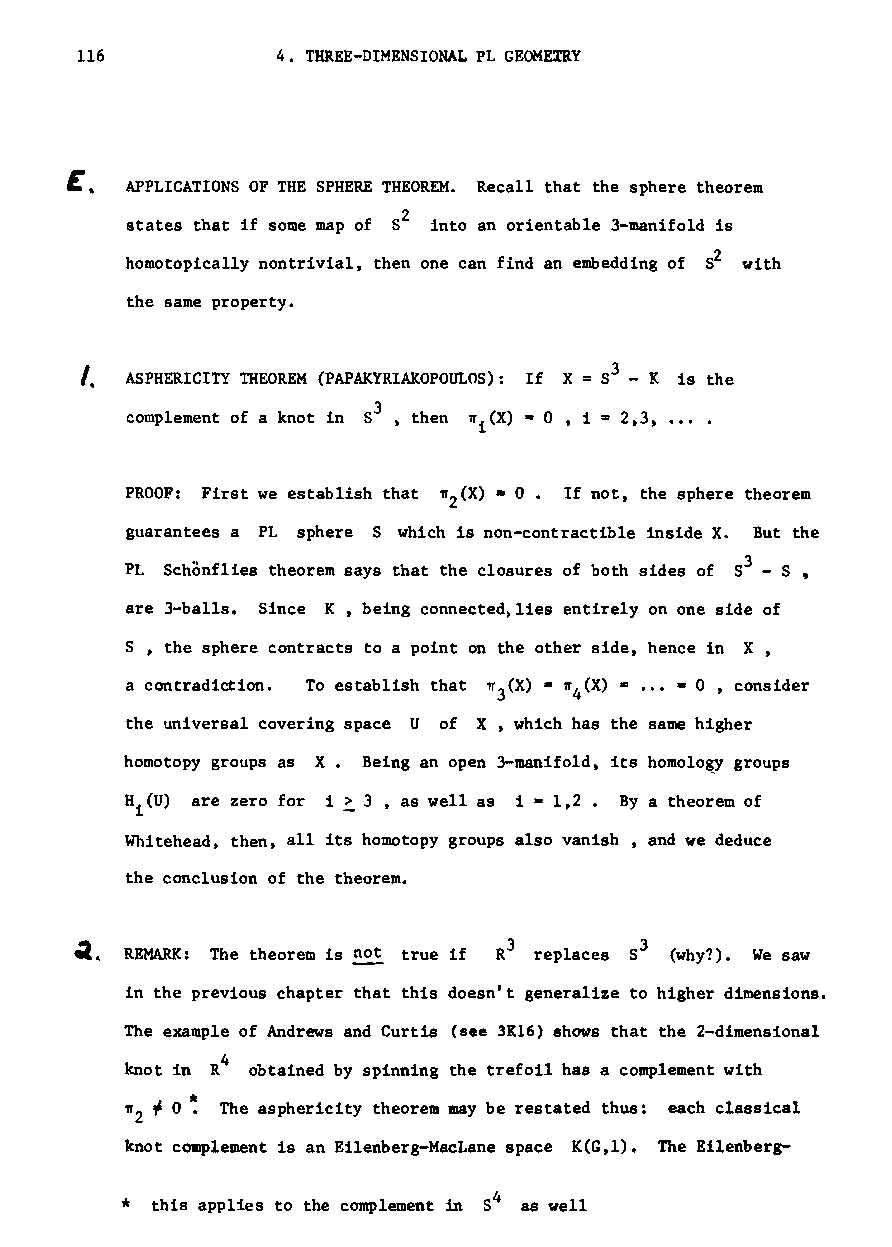
116          4. THREE-DIMENSIONAL PL GEOMEXRY
 £ ,
 APPLICATIONS OF THE SPHERE THEOREM. Recall that the sphere theorem
 2
 states that if some map of S into an orientable 3-manifold is
 homotopically nontrivial, then one can find an embedding of 52 with
 the same property.
 ,_ ASPHERICITY THEOREM (PAPAKYRIAKOPOm.,OS): If X 53 - K is the
 complement of a knot in S3 , then wi(X) = 0 , i = 2,3,
 PROOF: First we establish that w (X). o. If not, the sphere theorem
 2
 guarantees a PL sphere S which is non-contractible inside X. But the
 PL Schonflies theorem says that the closures of both sides of S3 - S •
 are 3-balls. Since K, being connected.lies entirely on one side of
 S , the sphere contracts to a point on the other side, hence in X,
 a contradiction. To establish that ~3(X) • w 4(X) a ••• • 0 , consider
 the universal covering space U of X, which has the same higher
 homotopy groups as X. Being an open 3-manifold, its homolo~y groups
 =
 Hi(U) are zero for i ~ 3 , as well as i 1,2. By a theorem of
 Whitehead, then, all its homotopy groups also vanish , and we deduce
 the conclusion of the theorem.
 3
 REMARK: The theorem is ~ true if R replaces (why?)• We saw
 in the previous chapter that this doesn't generalize to higher dimensions.
 The example of Andrews and Curtis (see 3K16) shows that the 2-dimensional
 4
 knot in R obtained by spinning the trefoil has a complement with
 ~2 ~
 o.*
 The asphericity theorem may be restated thus: each classical
 knot complement is an Eilenberg-MacLane space K(G,l). The Eilenberg-
 *
 this applies to the complement in 54 as well